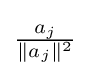
{\tfrac {a_{j}}{\|a_{j}\|^{2}}}